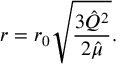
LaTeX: r = r _ { 0 } \sqrt { \frac { 3 { \hat { Q } } ^ { 2 } } { 2 { \hat { \mu } } } } .